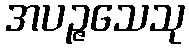
အပဉ္ဇသေသု